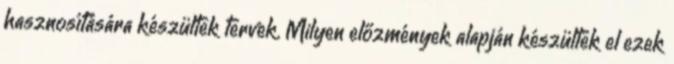
hasznosítására készültek tervek. Milyen előzmények alapján készültek el ezek